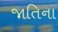
જાતિના